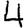
Digit: 4